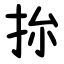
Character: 㧠